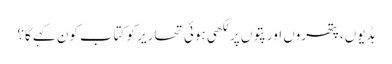
ہڈیوں، پتھروں اور پتوں پر لکھی ہوئی تحاریر کو کتاب کون کہے گا؟